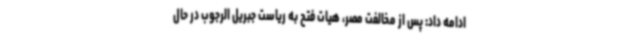
ادامه داد: پس از مخالفت مصر، هیات فتح به ریاست جبریل الرجوب در حال